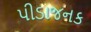
પીડાજનક